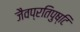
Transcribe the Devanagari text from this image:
जैवप्रतिपुष्टि